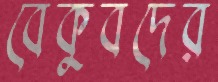
বেকুবদের